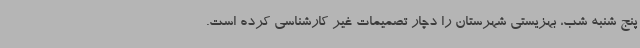
پنج شنبه شب، بهزیستی شهرستان را دچار تصمیمات غیر کارشناسی کرده است.